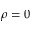
\rho = 0